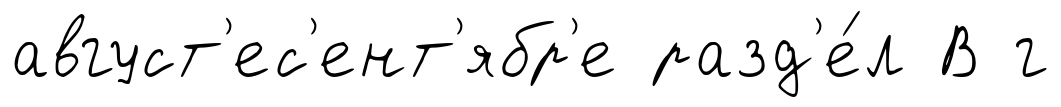
август'ес'ент'ябр'е разд'е́л В г